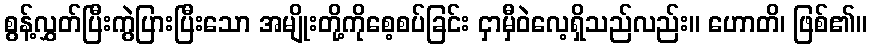
စွန့်လွှတ်ပြီးကွဲပြားပြီးသော အမျိုးတို့ကိုစေ့စပ်ခြင်း ငှာမှီဝဲလေ့ရှိသည်လည်း။ ဟောတိ၊ ဖြစ်၏။